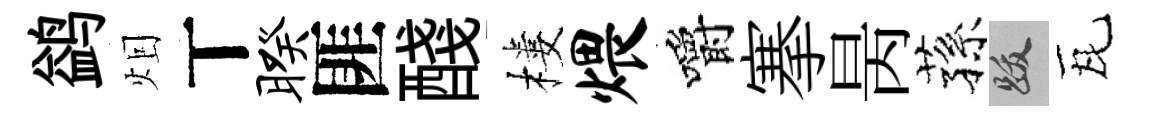
鹢𤇆丅暌匪醆樓煨嚼搴昺蓀跋瓦